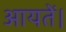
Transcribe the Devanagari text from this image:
आयतें।